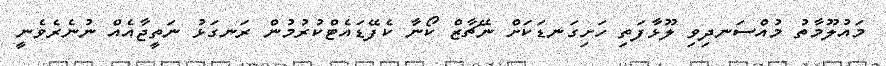
މައުލޫމާތު މުއްސަނދިވި ލޫޅާފަތި ހަށިގަނޑަކަށް ނޭޗާޒް ކޯނާ ކެފޭޑައެޓްކުރުމުން ރަނގަޅު ނަތީޖާއެއް ނުނެރެވެނީ